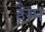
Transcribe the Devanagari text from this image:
हैम्प